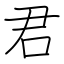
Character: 君